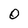
Character: O